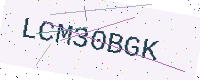
Text: LCM30BGK